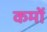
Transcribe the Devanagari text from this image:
कमों